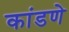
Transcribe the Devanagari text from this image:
कांडणे